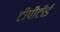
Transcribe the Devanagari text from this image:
टीपीटीई